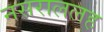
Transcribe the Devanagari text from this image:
नसराललह